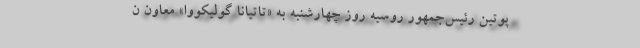
پوتین رئیس‌جمهور روسیه روز چهارشنبه به «تاتیانا گولیکووا» معاون ن